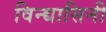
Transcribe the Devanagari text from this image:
विन्द्यासिनी